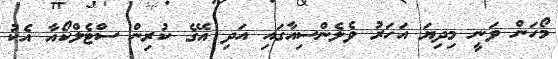
މޯހަން ވަނީ މިދިޔަ އަހަރު ވެލެންސިއާގައި އަދި އޭގެ ކުރިން ސްޓެލްކޯއާ އެކު